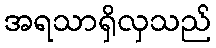
အရသာရှိလှသည်